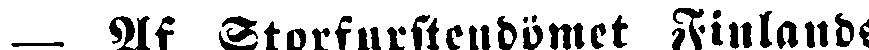
— Af Storfurstendömet Finlands